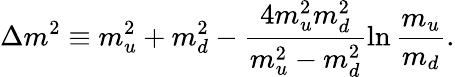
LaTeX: \Delta m^{2}\equiv m_{u}^{2}+m_{d}^{2}-\frac{4m_{u}^{2}m_{d}^{2}}{m_{u}^{2}-m_{d}^{2}}\ln\frac{m_{u}}{m_{d}}.